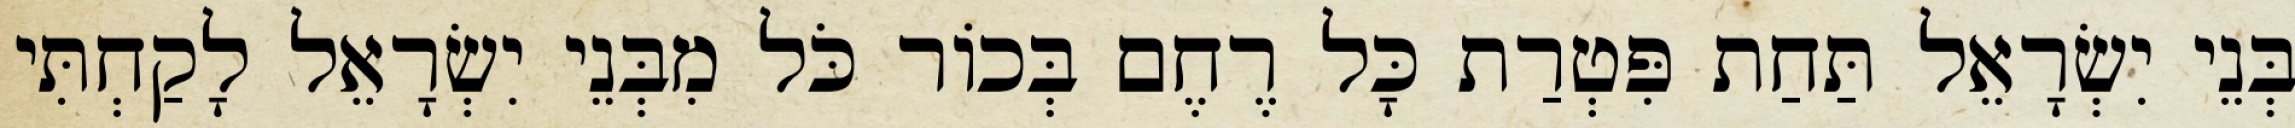
בְּנֵי יִשְׂרָאֵל תַּחַת פִּטְרַת כָּל רֶחֶם בְּכוֹר כֹּל מִבְּנֵי יִשְׂרָאֵל לָקַחְתִּי